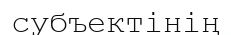
субъектінің